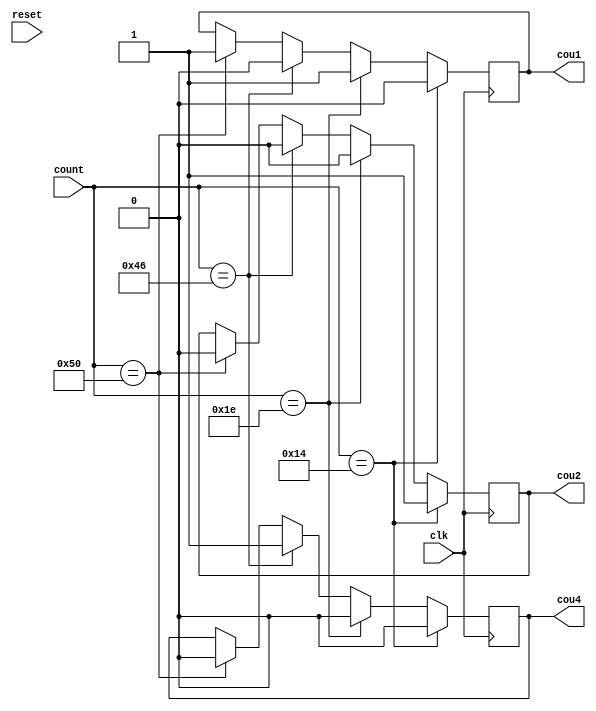
module Comparetor(input [7:0] count,
    input reset,clk,
    output reg cou1,cou2,cou4);

always@(posedge clk) begin
    if(count==20) begin
        cou2<=1;
        cou1<=0;
        cou4<=0;
    end
    else if (count==30) begin
        cou2<=0;
        cou1<=1;
        cou4<=0;
    end
    else if (count==70) begin
        cou2<=0;
        cou1<=0;
        cou4<=1;
    end
    else if (count==80) begin
        cou2<=0;
        cou1<=1;
        cou4<=0;
    end
end
endmodule